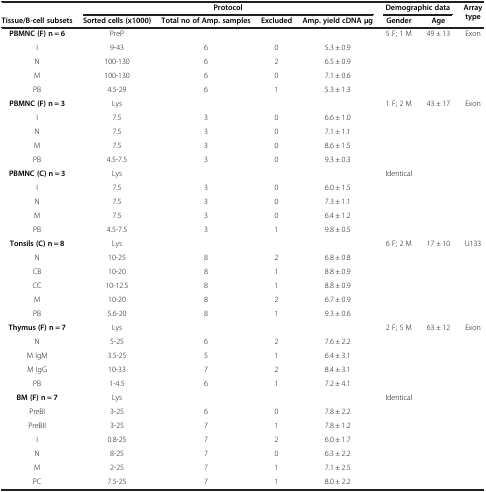
<table><thead><tr><td><b> </b></td><td colspan="4"><b>Protocol</b></td><td colspan="2"><b>Demographic data</b></td><td rowspan="2"><b>Array type</b></td></tr><tr><td><b>Tissue/B-cell subsets</b></td><td><b>Sorted cells (x1000)</b></td><td><b>Total no of Amp. samples</b></td><td><b>Excluded</b></td><td><b>Amp. yield cDNA μg</b></td><td><b>Gender</b></td><td><b>Age</b></td></tr></thead><tbody><tr><td><b>PBMNC (F) n = 6</b></td><td>PreP</td><td> </td><td> </td><td> </td><td>5 F; 1 M</td><td>49 ± 13</td><td>Exon</td></tr><tr><td>I</td><td>9-43</td><td>6</td><td>0</td><td>5.3 ± 0.9</td><td> </td><td> </td><td> </td></tr><tr><td>N</td><td>100-130</td><td>6</td><td>2</td><td>6.5 ± 0.9</td><td> </td><td> </td><td> </td></tr><tr><td>M</td><td>100-130</td><td>6</td><td>0</td><td>7.1 ± 0.6</td><td> </td><td> </td><td> </td></tr><tr><td>PB</td><td>4.5-29</td><td>6</td><td>1</td><td>5.3 ± 1.3</td><td> </td><td> </td><td> </td></tr><tr><td><b>PBMNC (F) n = 3</b></td><td>Lys</td><td> </td><td> </td><td> </td><td>1 F; 2 M</td><td>43 ± 17</td><td>Exon</td></tr><tr><td>I</td><td>7.5</td><td>3</td><td>0</td><td>6.6 ± 1.0</td><td> </td><td> </td><td> </td></tr><tr><td>N</td><td>7.5</td><td>3</td><td>0</td><td>7.1 ± 1.1</td><td> </td><td> </td><td> </td></tr><tr><td>M</td><td>7.5</td><td>3</td><td>0</td><td>8.6 ± 1.5</td><td> </td><td> </td><td> </td></tr><tr><td>PB</td><td>4.5-7.5</td><td>3</td><td>0</td><td>9.3 ± 0.3</td><td> </td><td> </td><td> </td></tr><tr><td><b>PBMNC (C) n = 3</b></td><td>Lys</td><td> </td><td> </td><td> </td><td>Identical</td><td> </td><td> </td></tr><tr><td>I</td><td>7.5</td><td>3</td><td>0</td><td>6.0 ± 1.5</td><td> </td><td> </td><td> </td></tr><tr><td>N</td><td>7.5</td><td>3</td><td>0</td><td>7.3 ± 1.1</td><td> </td><td> </td><td> </td></tr><tr><td>M</td><td>7.5</td><td>3</td><td>0</td><td>6.4 ± 1.2</td><td> </td><td> </td><td> </td></tr><tr><td>PB</td><td>4.5-7.5</td><td>3</td><td>1</td><td>9.8 ± 0.5</td><td> </td><td> </td><td> </td></tr><tr><td><b>Tonsils (C) n = 8</b></td><td>Lys</td><td> </td><td> </td><td> </td><td>6 F; 2 M</td><td>17 ± 10</td><td>U133</td></tr><tr><td>N</td><td>10-25</td><td>8</td><td>2</td><td>6.8 ± 0.8</td><td> </td><td> </td><td> </td></tr><tr><td>CB</td><td>10-20</td><td>8</td><td>1</td><td>8.8 ± 0.9</td><td> </td><td> </td><td> </td></tr><tr><td>CC</td><td>10-12.5</td><td>8</td><td>1</td><td>8.8 ± 0.9</td><td> </td><td> </td><td> </td></tr><tr><td>M</td><td>10-20</td><td>8</td><td>2</td><td>6.7 ± 0.9</td><td> </td><td> </td><td> </td></tr><tr><td>PB</td><td>5.6-20</td><td>8</td><td>1</td><td>9.3 ± 0.6</td><td> </td><td> </td><td> </td></tr><tr><td><b>Thymus (F) n = 7</b></td><td>Lys</td><td> </td><td> </td><td> </td><td>2 F; 5 M</td><td>63 ± 12</td><td>Exon</td></tr><tr><td>N</td><td>5-25</td><td>6</td><td>2</td><td>7.6 ± 2.2</td><td> </td><td> </td><td> </td></tr><tr><td>M IgM</td><td>3.5-25</td><td>5</td><td>1</td><td>6.4 ± 3.1</td><td> </td><td> </td><td> </td></tr><tr><td>M IgG</td><td>10-33</td><td>7</td><td>2</td><td>8.4 ± 3.1</td><td> </td><td> </td><td> </td></tr><tr><td>PB</td><td>1-4.5</td><td>6</td><td>1</td><td>7.2 ± 4.1</td><td> </td><td> </td><td> </td></tr><tr><td><b>BM (F) n = 7</b></td><td>Lys</td><td> </td><td> </td><td> </td><td>Identical</td><td> </td><td> </td></tr><tr><td>PreBI</td><td>3-25</td><td>6</td><td>0</td><td>7.8 ± 2.2</td><td> </td><td> </td><td> </td></tr><tr><td>PreBII</td><td>3-25</td><td>7</td><td>1</td><td>7.8 ± 1.2</td><td> </td><td> </td><td> </td></tr><tr><td>I</td><td>0.8-25</td><td>7</td><td>2</td><td>6.0 ± 1.7</td><td> </td><td> </td><td> </td></tr><tr><td>N</td><td>8-25</td><td>7</td><td>0</td><td>6.3 ± 2.2</td><td> </td><td> </td><td> </td></tr><tr><td>M</td><td>2-25</td><td>7</td><td>1</td><td>7.1 ± 2.5</td><td> </td><td> </td><td> </td></tr><tr><td>PC</td><td>7.5-25</td><td>7</td><td>1</td><td>8.0 ± 2.2</td><td> </td><td> </td><td> </td></tr></tbody></table>